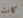
كانت